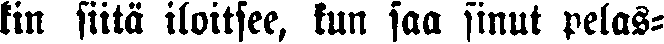
kin siitä iloitsee, kun saa sinut pelas-